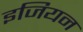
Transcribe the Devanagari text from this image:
इजियन